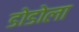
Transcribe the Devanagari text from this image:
डोडोला